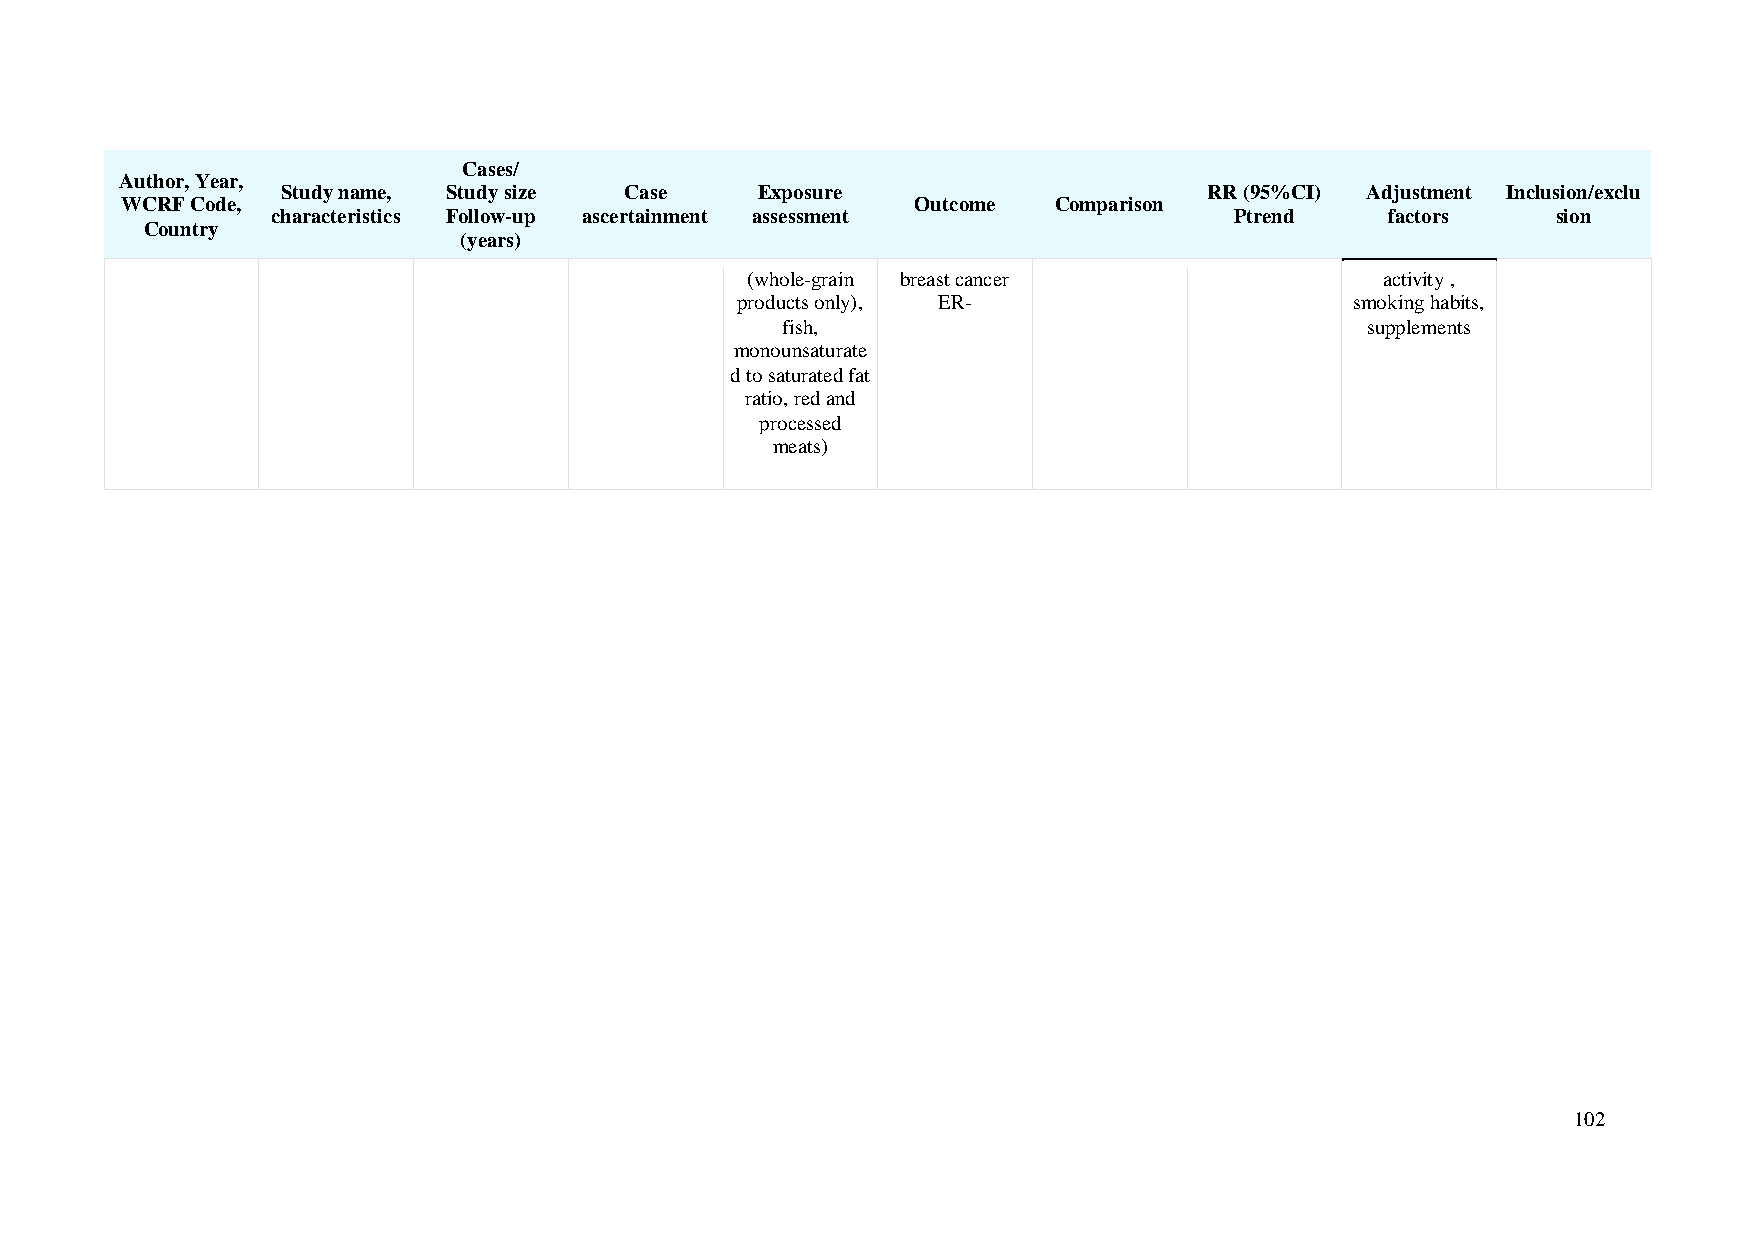
Cases/
 Author, Year,
 Study name, Study size Case    Exposure                      RR (95%CI) Adjustment Inclusion/exclu
 WCRF Code,                                           Outcome  Comparison
 characteristics Follow-up ascertainment assessment              Ptrend    factors    sion
 Country
 (years)
 (whole-grain breast cancer                activity ,
 products only), ER-                      smoking habits,
 fish,                                 supplements
 monounsaturate
 d to saturated fat
 ratio, red and
 processed
 meats)
 102